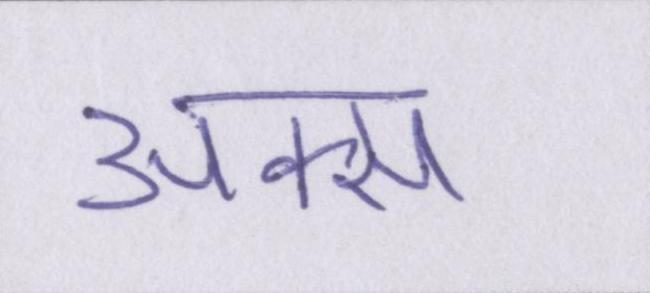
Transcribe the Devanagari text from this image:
अक्स